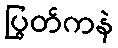
ပြွတ်ကနဲ